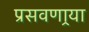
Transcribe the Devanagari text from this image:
प्रसवणार्‍या